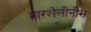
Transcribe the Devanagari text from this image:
मारशेलीनीस